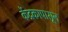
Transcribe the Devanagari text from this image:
केंद्रकापासून